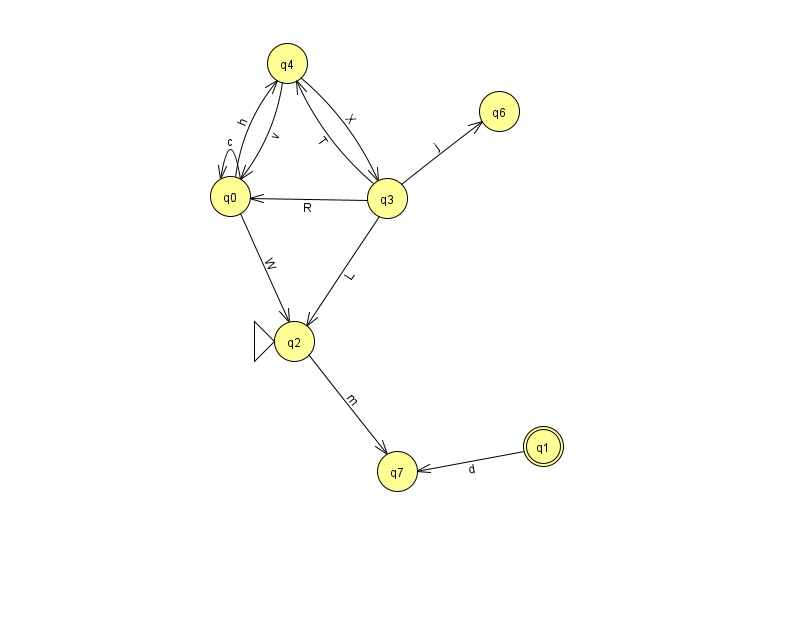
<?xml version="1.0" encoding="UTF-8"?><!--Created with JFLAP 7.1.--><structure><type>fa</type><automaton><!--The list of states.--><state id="0" name="q0"><x>230.0</x><y>183.0</y></state><state id="1" name="q1"><x>543.0</x><y>433.0</y><final/></state><state id="2" name="q2"><x>294.0</x><y>328.0</y><initial/></state><state id="3" name="q3"><x>387.0</x><y>185.0</y></state><state id="4" name="q4"><x>287.0</x><y>50.0</y></state><state id="6" name="q6"><x>499.0</x><y>98.0</y></state><state id="7" name="q7"><x>397.0</x><y>458.0</y></state><!--The list of transitions.--><transition><from>3</from><to>2</to><read>L</read></transition><transition><from>4</from><to>3</to><read>X</read></transition><transition><from>0</from><to>0</to><read>c</read></transition><transition><from>1</from><to>7</to><read>d</read></transition><transition><from>2</from><to>7</to><read>m</read></transition><transition><from>0</from><to>4</to><read>h</read></transition><transition><from>3</from><to>0</to><read>R</read></transition><transition><from>4</from><to>0</to><read>v</read></transition><transition><from>0</from><to>2</to><read>W</read></transition><transition><from>3</from><to>4</to><read>T</read></transition><transition><from>3</from><to>6</to><read>j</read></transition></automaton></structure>